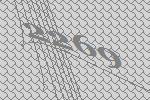
2269